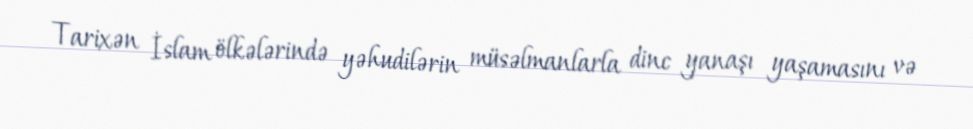
Tarixən İslam ölkələrində yəhudilərin müsəlmanlarla dinc yanaşı yaşamasını və